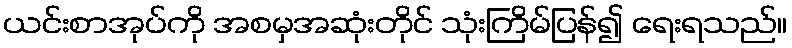
ယင်းစာအုပ်ကို အစမှအဆုံးတိုင် သုံးကြိမ်ပြန်၍ ရေးရသည်။